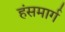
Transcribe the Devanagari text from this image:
हंसमार्ग